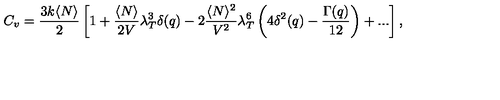
C _ { v } = \frac { 3 k \langle N \rangle } { 2 } \left[ 1 + \frac { \langle N \rangle } { 2 V } \lambda _ { T } ^ { 3 } \delta ( q ) - 2 \frac { \langle N \rangle ^ { 2 } } { V ^ { 2 } } \lambda _ { T } ^ { 6 } \left( 4 \delta ^ { 2 } ( q ) - \frac { \Gamma ( q ) } { 1 2 } \right) + . . . \right] ,